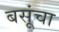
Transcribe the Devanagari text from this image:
बसूंचा